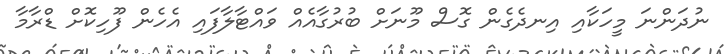
ނުދަންނަ މީހަކާއި އިނދެގެން ގޮސް މޫނަށް ބުރުގާއެއް ވައްޓާލާފައި އެހެން ފޫހިކޮށް ޑްރާމާ